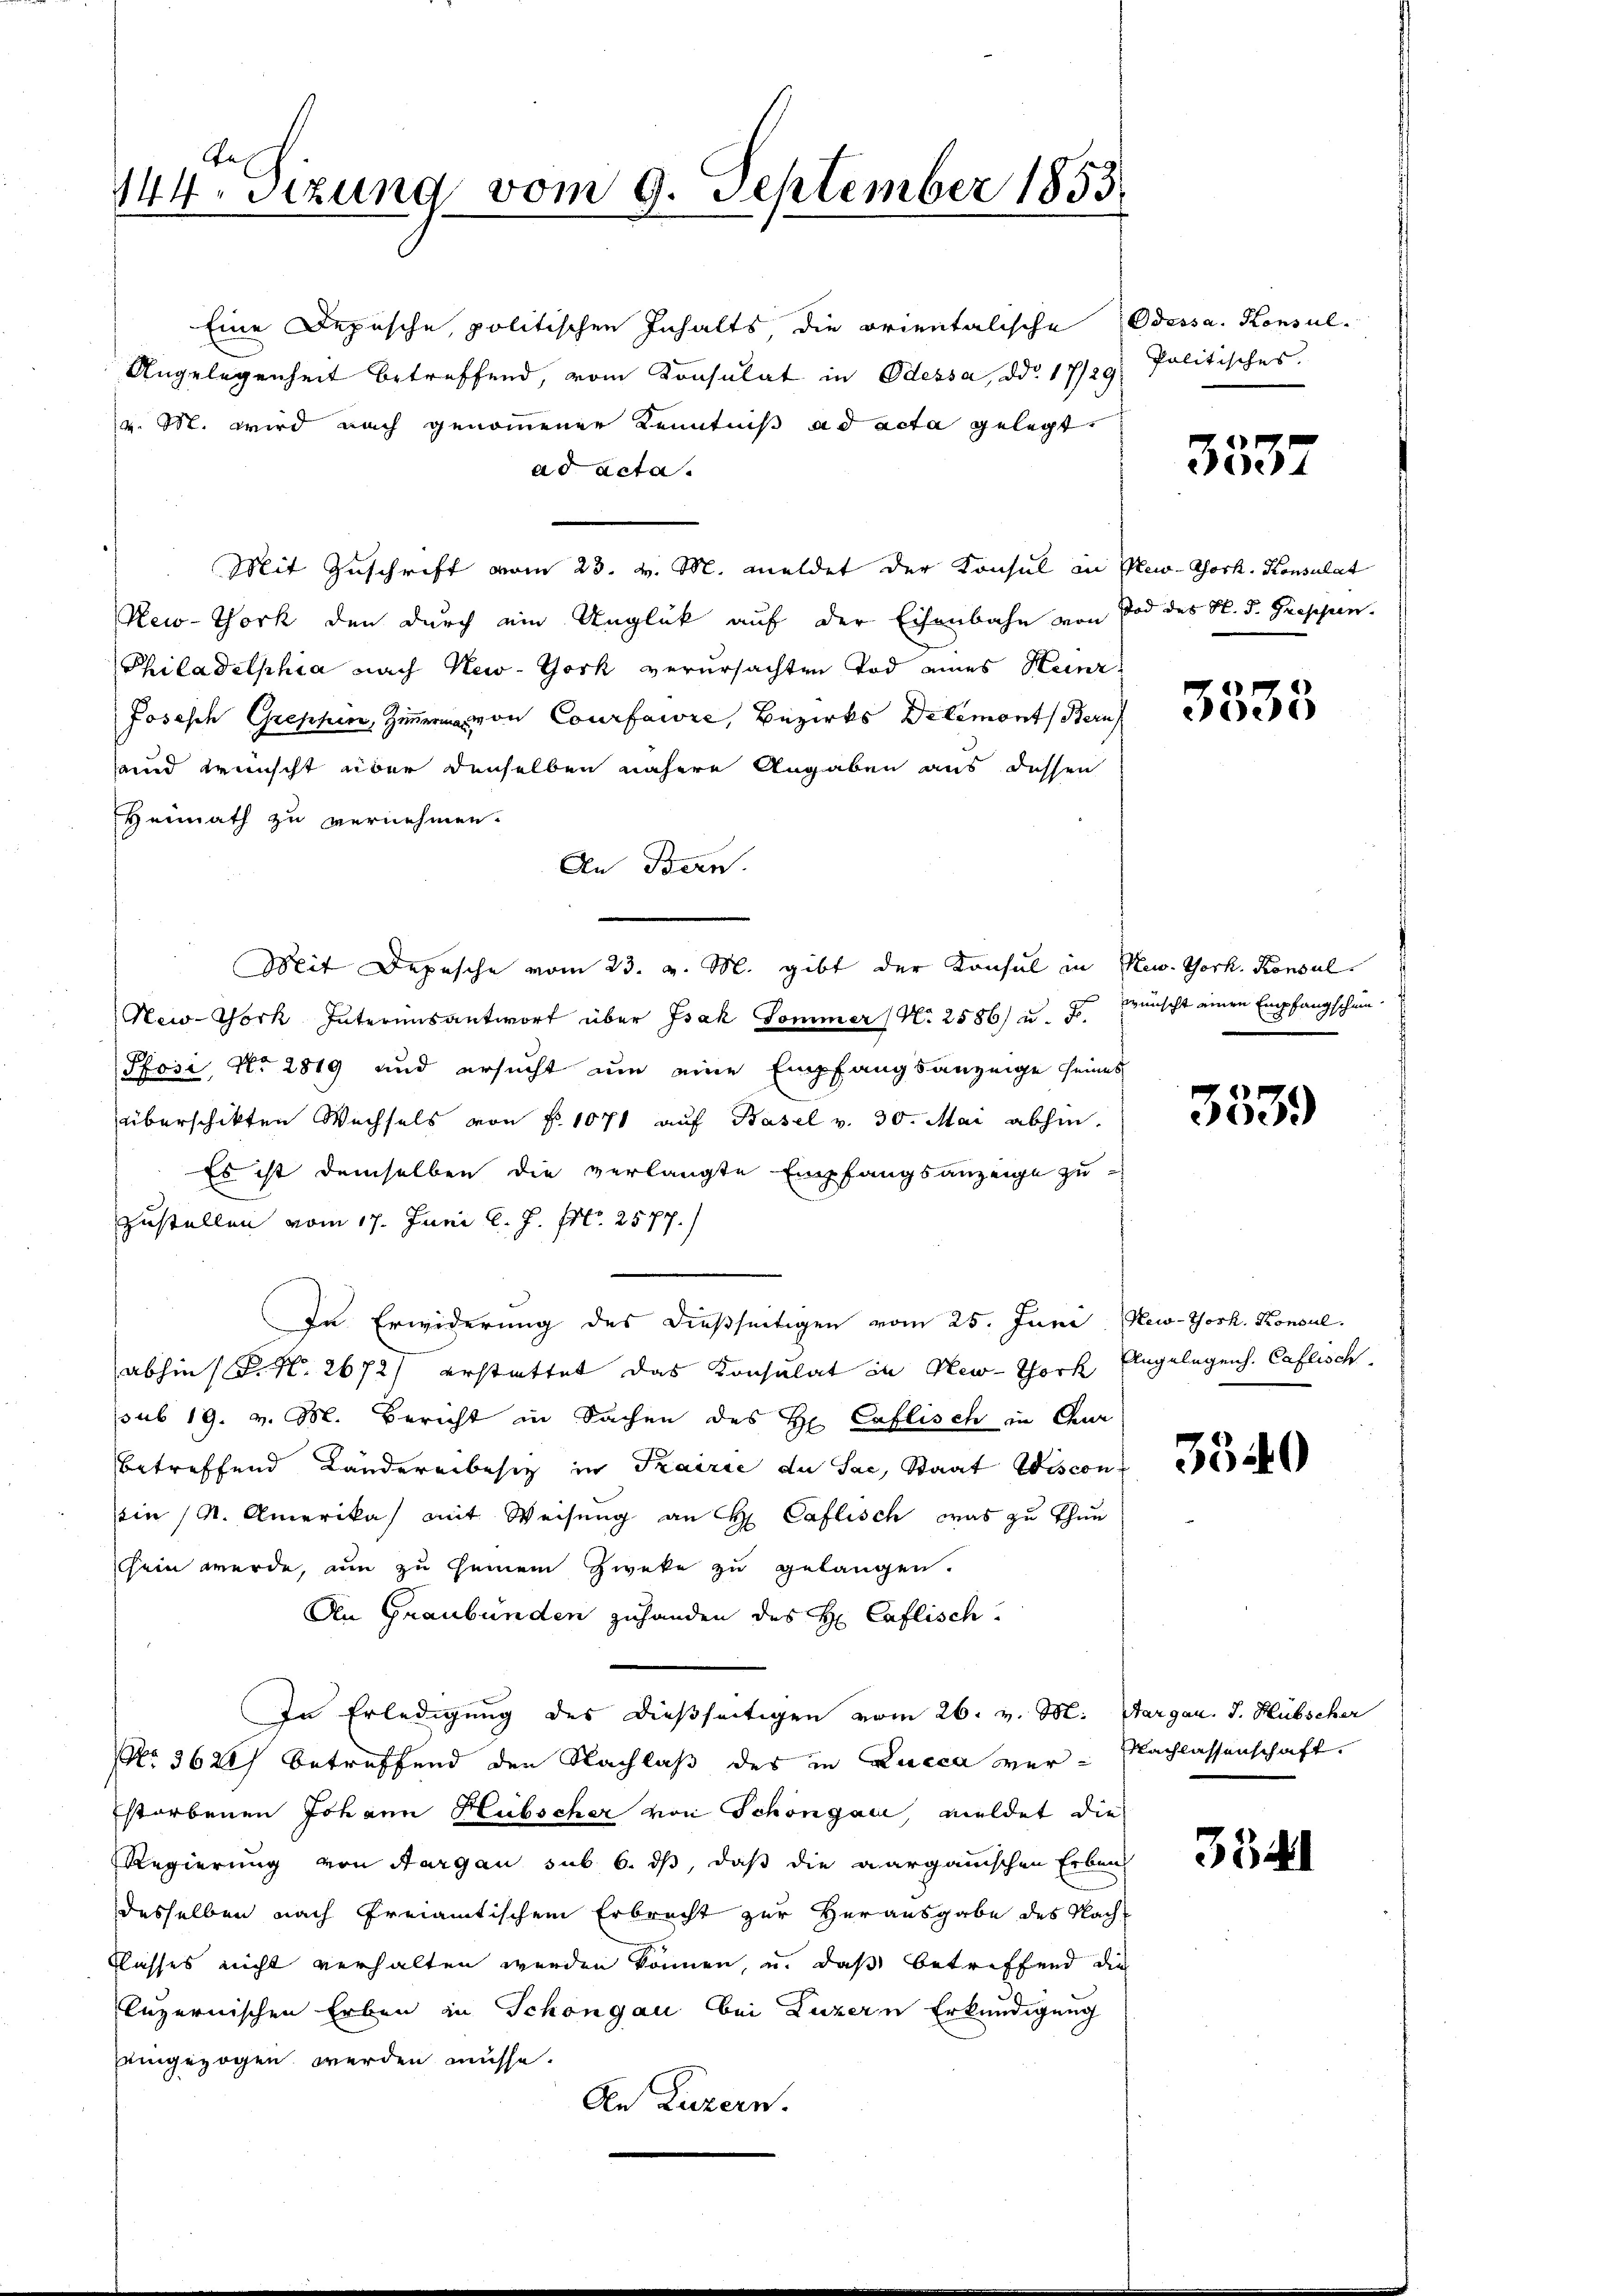
An
144. Sitzung vom 9. September 1855.

Eine Depesche, politischen Inhalts, die orientalische Odessa. Konsul-
Angelegenheit betreffend, vom Konsulat in Odessa, ddo 17/29
v. M. wird nach genommener Kenntniß ad acta gelegt,
ad acta.
Mit Zuschrift vom 23. v. M. meldet der Konsul in New-York, Konsulat
New-York den durch ein Unglück auf der Eisenbahn von Tod des H. d. Greppen.
Philadelphia nach New-York verursachten Tod eines Heinr
Joseph Grephen, Zimmer von Courfawie, Bezirks Delémonts Bern
annd wünscht über denselben nähere Angaben aus dessen
Heimath zu vernehmen.
An Bern.
New-York Interimsantwort über Isak Sommer (N. 2586) u. s. wünscht einen Empfangschein¬
Pfosi, No 2819 und ersucht nun eine Empfangsanzeige seines
überschikten Wechsels von f. 1071 auf Basel v. 30. Mai abhin.
Es ist demselben die verlangte Empfangsanzeige zu-
zustellen vom 17. Juni l. J. Art. 2577.
.
In Erwiderung des dießseitigen vom 25. Juni New-York. Konsul
abhin (P. N. 2672/ erstattet das Konsulat in New-Thork Angelegens. Caflisch
sub 19. v. M. Bericht in Sachen des H. Caflisch in Chur
betreffend Ländererbesiz in Trairie du Sac, Staat Wiscon
sein (s. Amerika mit Weisung an H Caflisch, was zu thun
chein werde, um zu seinem Zweke zu gelangen.
An Graubünden zuhanden des H: Caflisch.
In Erledigung des dießseitigen vom 26. v. M. Aargau. J. Hübscher
No. 3620) betreffend den Nachlaß des in Lucca werstorbenen Johann Hubscher von Schöngau, meldet die
Regierung von Aargau sub 6. ds, daß die aargauischen Erben
desselben nach Freiamtischem Erbrecht zur Herausgabe des Nach-
Classes nicht verhalten werden können, u. daß betreffend die
Inzernischen Erben in Schöngau bei Luzern Erkundigung
eingezogen werden müsse.
An Luzern.

Mit Depesche vom 23. v. M. gibt der Konsul in New York. Konsul

Politisches.

3537

3333

8
d

3340

Nachlassenschaft.

3341